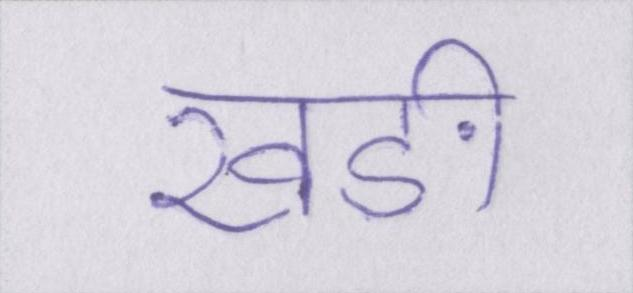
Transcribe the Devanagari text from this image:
खङी